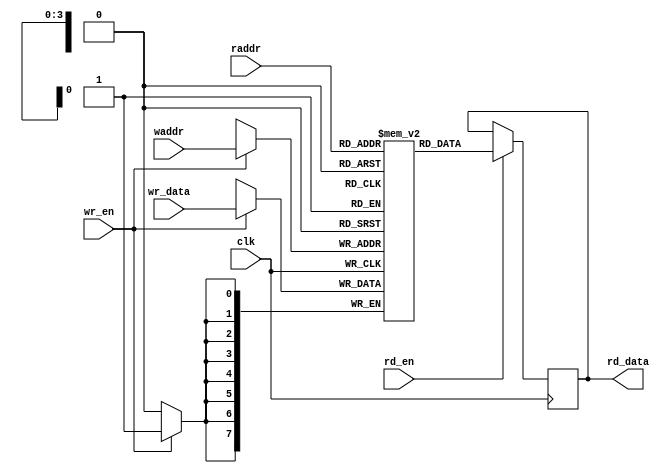
module fifo_memory #(parameter ADDR_WIDTH = 4, parameter DATA_WIDTH = 8) (
    input wire clk,
    input wire wr_en,
    input wire rd_en,
    input wire [DATA_WIDTH-1:0] wr_data,
    output reg [DATA_WIDTH-1:0] rd_data,
    input wire [ADDR_WIDTH-1:0] waddr,
    input wire [ADDR_WIDTH-1:0] raddr
);

    // Memory array declaration
    reg [DATA_WIDTH-1:0] mem [2**ADDR_WIDTH-1:0];

    always @(posedge clk) begin
        if (wr_en) begin
            mem[waddr] <= wr_data;  // Write data to memory
        end
        if (rd_en) begin
            rd_data <= mem[raddr];  // Read data from memory
        end
    end

endmodule